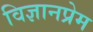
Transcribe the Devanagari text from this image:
विज्ञानप्रेम